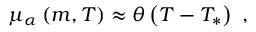
\begin{array} { r } { \mu _ { \alpha } \left( m , T \right) \approx \theta \left( T - T _ { * } \right) \ , } \end{array}